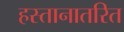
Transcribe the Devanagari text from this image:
हस्तानातरित